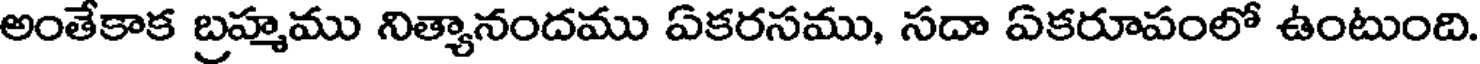
అంతేకాక బ్రహ్మము నిత్యానందము ఏకరసము, సదా ఏకరూపంలో ఉంటుంది